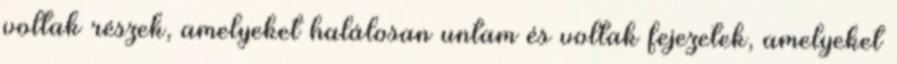
voltak részek, amelyeket halálosan untam és voltak fejezetek, amelyeket